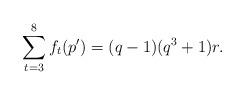
LaTeX: \begin{align*} \sum_{t=3}^{8}f_t(p')=(q-1)(q^3+1)r.\end{align*}